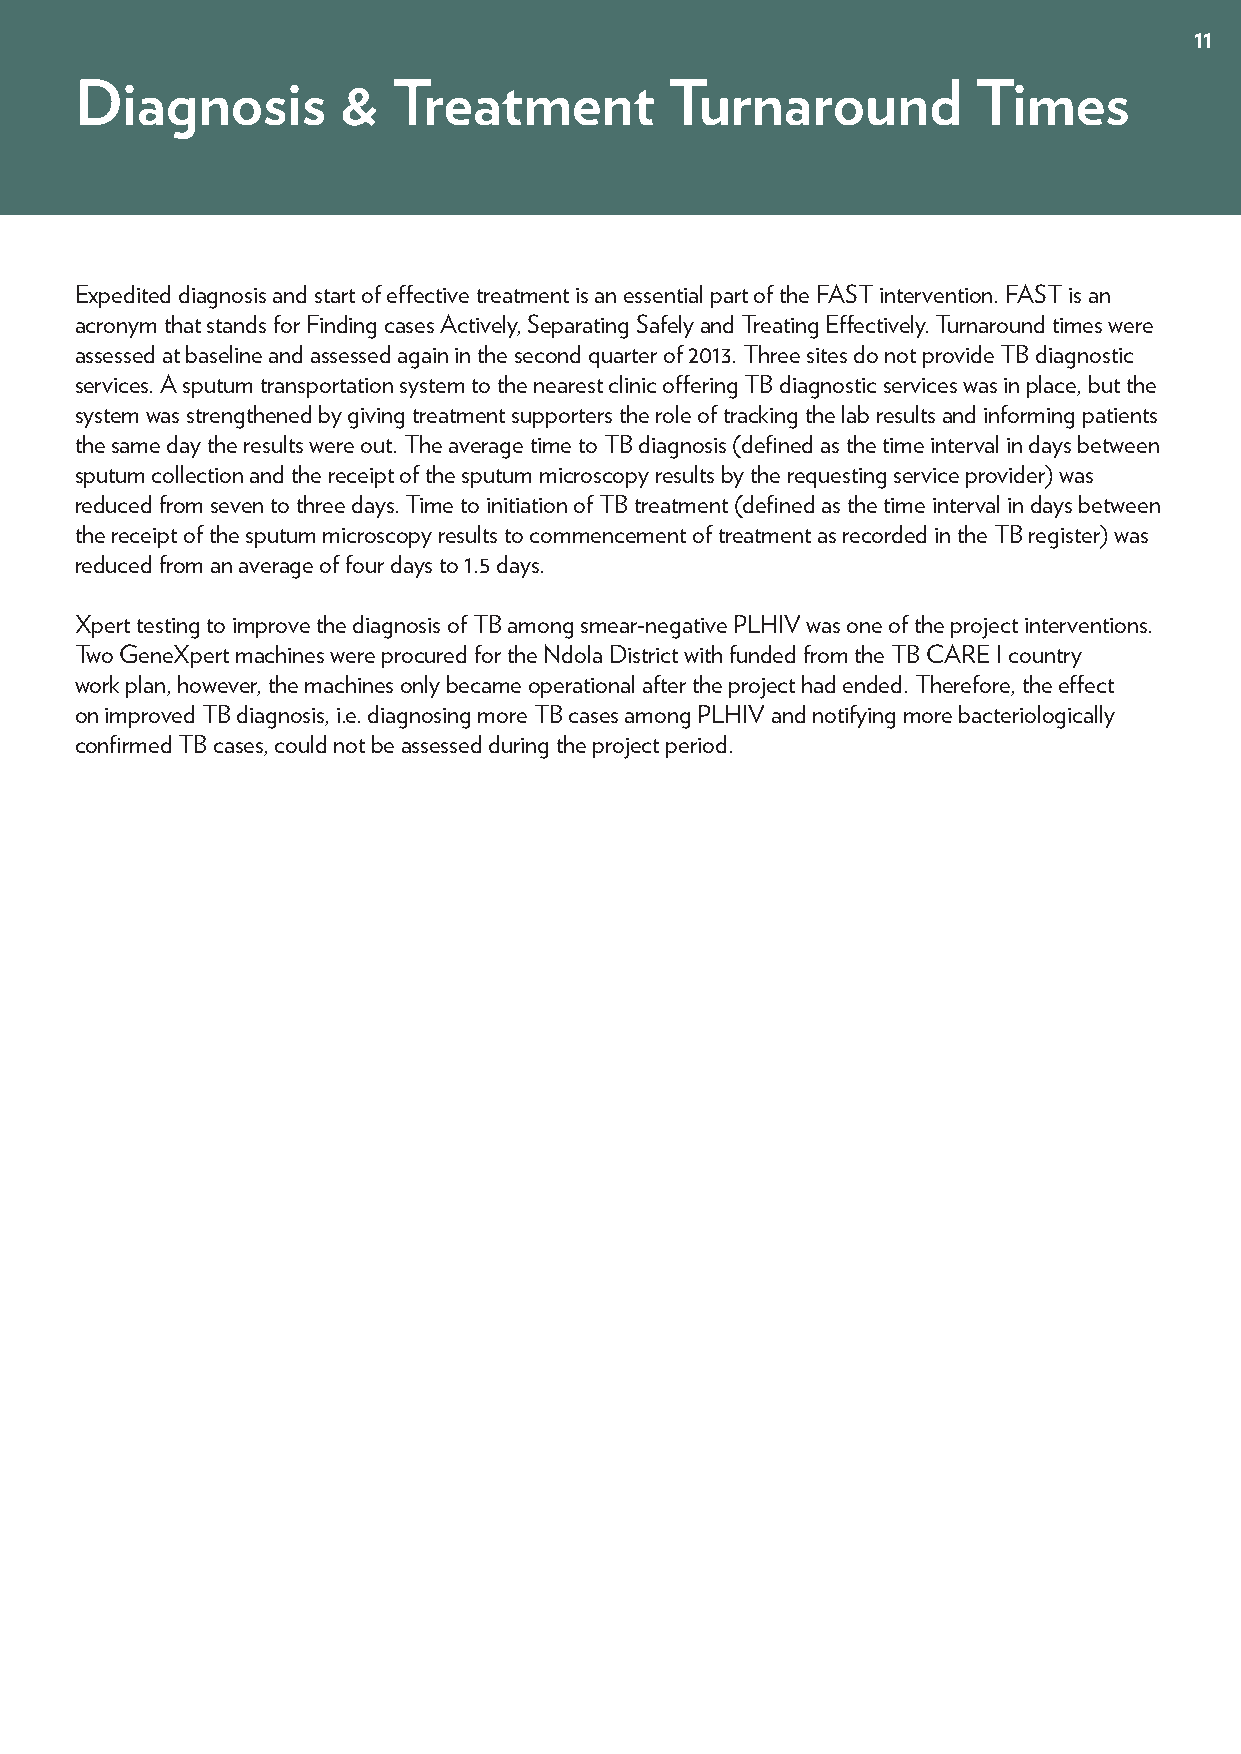
11
 Diagnosis        &   Treatment         Turnaround           Times
 Expedited diagnosis and start of effective treatment is an essential part of the FAST intervention. FAST is an
 acronym that stands for Finding cases Actively, Separating Safely and Treating Effectively. Turnaround times were
 assessed at baseline and assessed again in the second quarter of 2013. Three sites do not provide TB diagnostic
 services. A sputum transportation system to the nearest clinic offering TB diagnostic services was in place, but the
 system was strengthened by giving treatment supporters the role of tracking the lab results and informing patients
 the same day the results were out. The average time to TB diagnosis (defined as the time interval in days between
 sputum collection and the receipt of the sputum microscopy results by the requesting service provider) was
 reduced from seven to three days. Time to initiation of TB treatment (defined as the time interval in days between
 the receipt of the sputum microscopy results to commencement of treatment as recorded in the TB register) was
 reduced from an average of four days to 1.5 days.
 Xpert testing to improve the diagnosis of TB among smear-negative PLHIV was one of the project interventions.
 Two GeneXpert machines were procured for the Ndola District with funded from the TB CARE I country
 work plan, however, the machines only became operational after the project had ended. Therefore, the effect
 on improved TB diagnosis, i.e. diagnosing more TB cases among PLHIV and notifying more bacteriologically
 confirmed TB cases, could not be assessed during the project period.